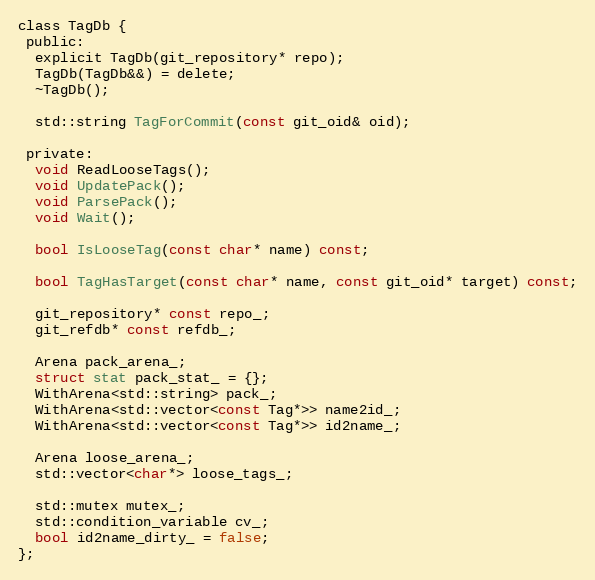
Language: C
class TagDb {
 public:
  explicit TagDb(git_repository* repo);
  TagDb(TagDb&&) = delete;
  ~TagDb();

  std::string TagForCommit(const git_oid& oid);

 private:
  void ReadLooseTags();
  void UpdatePack();
  void ParsePack();
  void Wait();

  bool IsLooseTag(const char* name) const;

  bool TagHasTarget(const char* name, const git_oid* target) const;

  git_repository* const repo_;
  git_refdb* const refdb_;

  Arena pack_arena_;
  struct stat pack_stat_ = {};
  WithArena<std::string> pack_;
  WithArena<std::vector<const Tag*>> name2id_;
  WithArena<std::vector<const Tag*>> id2name_;

  Arena loose_arena_;
  std::vector<char*> loose_tags_;

  std::mutex mutex_;
  std::condition_variable cv_;
  bool id2name_dirty_ = false;
};